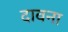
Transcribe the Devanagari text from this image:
दावना